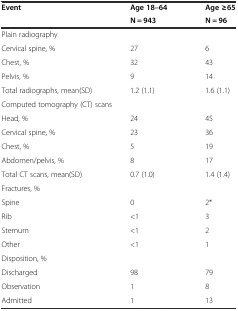
<table><thead><tr><td rowspan="2"><b>Event</b></td><td><b>Age 18–64</b></td><td><b>Age ≥65</b></td></tr><tr><td><b>N = 943</b></td><td><b>N = 96</b></td></tr></thead><tbody><tr><td>Plain radiography</td><td></td><td></td></tr><tr><td>Cervical spine, %</td><td>27</td><td>6</td></tr><tr><td>Chest, %</td><td>32</td><td>43</td></tr><tr><td>Pelvis, %</td><td>9</td><td>14</td></tr><tr><td>Total radiographs, mean(SD)</td><td>1.2 (1.1)</td><td>1.6 (1.1)</td></tr><tr><td colspan="2">Computed tomography (CT) scans</td><td></td></tr><tr><td>Head, %</td><td>24</td><td>45</td></tr><tr><td>Cervical spine, %</td><td>23</td><td>36</td></tr><tr><td>Chest, %</td><td>5</td><td>19</td></tr><tr><td>Abdomen/pelvis, %</td><td>8</td><td>17</td></tr><tr><td>Total CT scans, mean(SD)</td><td>0.7 (1.0)</td><td>1.4 (1.4)</td></tr><tr><td>Fractures, %</td><td></td><td></td></tr><tr><td>Spine</td><td>0</td><td>2*</td></tr><tr><td>Rib</td><td>&lt;1</td><td>3</td></tr><tr><td>Sternum</td><td>&lt;1</td><td>2</td></tr><tr><td>Other</td><td>&lt;1</td><td>1</td></tr><tr><td>Disposition, %</td><td></td><td></td></tr><tr><td>Discharged</td><td>98</td><td>79</td></tr><tr><td>Observation</td><td>1</td><td>8</td></tr><tr><td>Admitted</td><td>1</td><td>13</td></tr></tbody></table>